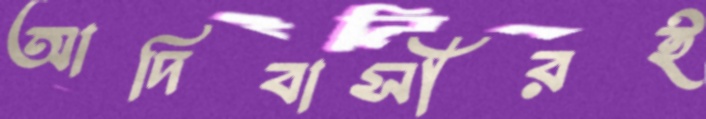
আদিবাসীরই